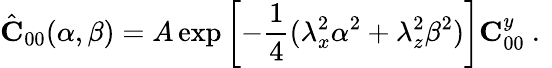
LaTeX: \hat{\mathbf C}_{00}(\alpha,\beta)=A\exp\left[-\frac{1}{4}(\lambda_{x}^{2}\alpha^{2}+\lambda_{z}^{2}\beta^{2})\right]{\mathbf C}_{00}^{y}\mathrm{~.~}